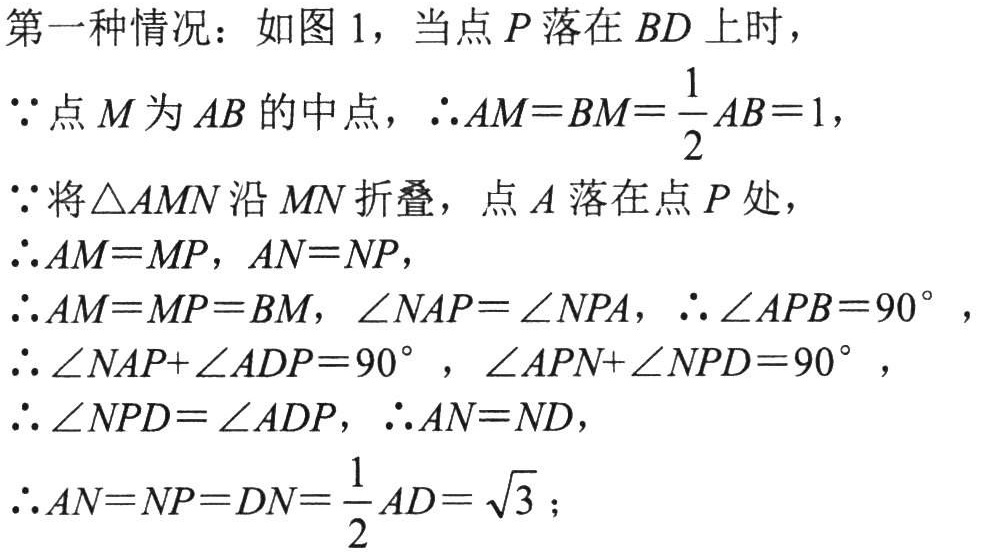
第一种情况：如图 1，当点 \(P\) 落在 \(BD\) 上时，
\(\because\)点 \(M\) 为 \(AB\) 的中点，\(\therefore AM = BM=\frac{1}{2}AB = 1\)，
\(\because\)将\(\triangle AMN\)沿 \(MN\) 折叠，点 \(A\) 落在点 \(P\) 处，
\(\therefore AM = MP\)，\(AN = NP\)，
\(\therefore AM = MP = BM\)，\(\angle NAP=\angle NPA\)，\(\therefore\angle APB = 90^{\circ}\)，
\(\therefore\angle NAP+\angle ADP = 90^{\circ}\)，\(\angle APN+\angle NPD = 90^{\circ}\)，
\(\therefore\angle NPD=\angle ADP\)，\(\therefore AN = ND\)，
\(\therefore AN = NP = DN=\frac{1}{2}AD=\sqrt{3}\)；